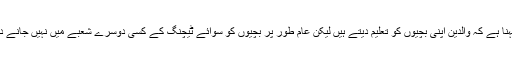
ان کا کہنا ہے کہ والدین اپنی بچیوں کو تعلیم دیتے ہیں لیکن عام طور پر بچیوں کو سوائے ٹیچنگ کے کسی دوسرے شعبے میں نہیں جانے دیا جاتا۔